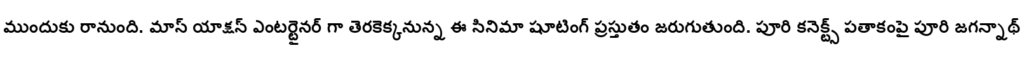
ముందుకు రానుంది. మాస్ యాక్షన్ ఎంటర్టైనర్ గా తెరకెక్కనున్న ఈ సినిమా షూటింగ్ ప్రస్తుతం జరుగుతుంది. పూరి కనెక్ట్స్ పతాకంపై పూరి జగన్నాథ్